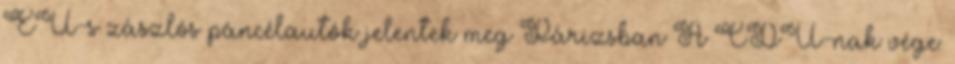
EU-s zászlós páncélautók jelentek meg Párizsban A CDU-nak vége: